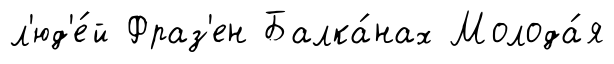
л'юд'е́й Фраз'ен Балка́нах Молода́я